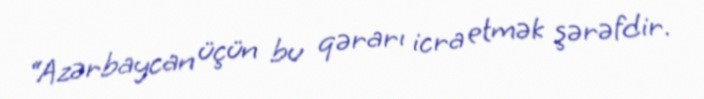
“Azərbaycan üçün bu qərarı icra etmək şərəfdir.